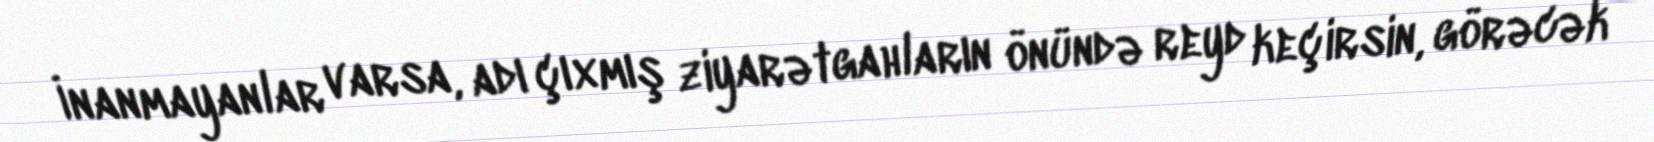
İnanmayanlar varsa, adı çıxmış ziyarətgahların önündə reyd keçirsin, görəcək